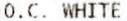
O.C. WHITE